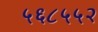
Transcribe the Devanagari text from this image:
५६८५५२